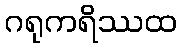
ဂရုကရိဿထ